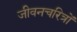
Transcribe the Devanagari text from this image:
जीवनचरित्रों